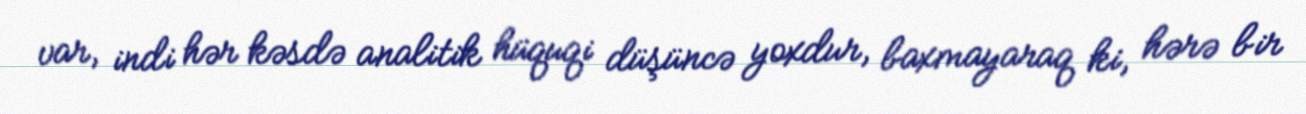
var, indi hər kəsdə analitik hüquqi düşüncə yoxdur, baxmayaraq ki, hərə bir